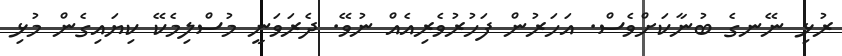
ރުޅި ނޭނގެ ބުނާކަށްވެސް. އަހަރުން ފަހުރުވެރިއެއް ނުވޭ. ދެރަވަނީ މުސްލިމެކޭ ކިޔައިގެން މުޅި